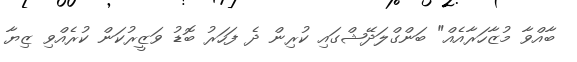
ބާއްވާ މުޒާހަރާއެއް" ބަންގްލަދޭޝްގައި ކުރިން ދެ ފަހަރު ބޮޑު ވަޒީރުކަން ކުރެއްވި ޒިޔާ